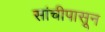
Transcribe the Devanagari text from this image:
सांचीपासून